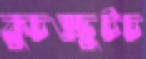
কুচওছুটচ